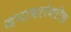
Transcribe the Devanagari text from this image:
जनावरांवरील